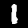
Label: 1